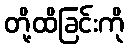
တို့ထိခြင်းကို